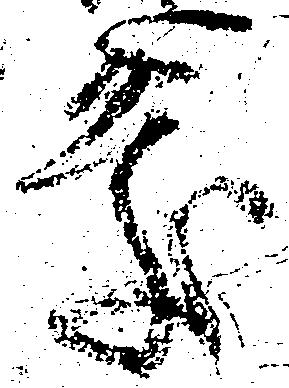
慶